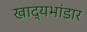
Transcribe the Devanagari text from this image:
खाद्यभांडार